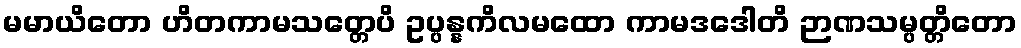
မမာယိတော ဟိတကာမသတ္တေပိ ဥပ္ပန္နကိလမထော ကာမဒဒေါတိ ဉာဏသမ္ပတ္တိတော